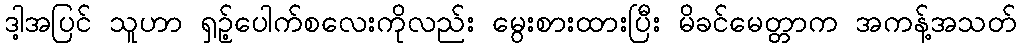
ဒါ့အပြင် သူဟာ ရှဉ့်ပေါက်စလေးကိုလည်း မွေးစားထားပြီး မိခင်မေတ္တာက အကန့်အသတ်